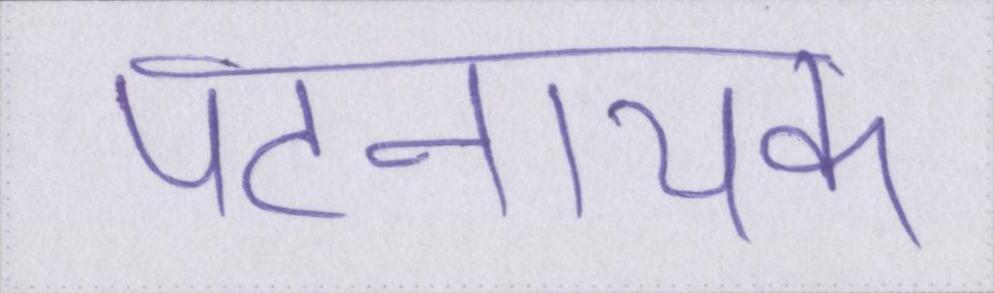
पटनायक